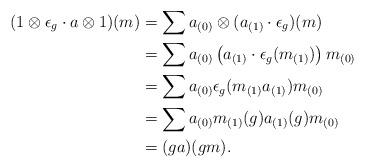
LaTeX: \begin{align*}(1\otimes \epsilon_g\cdot a\otimes 1)(m)&=\sum a_{(0)}\otimes (a_{(1)}\cdot \epsilon_g)(m)\\&=\sum a_{(0)} \left( a_{(1)}\cdot \epsilon_g(m_{(1)}) \right) m_{(0)}\\&=\sum a_{(0)} \epsilon_g(m_{(1)}a_{(1)}) m_{(0)}\\&=\sum a_{(0)}m_{(1)}(g)a_{(1)}(g) m_{(0)}\\&= (ga)(gm).\end{align*}